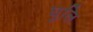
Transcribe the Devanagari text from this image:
घुलि